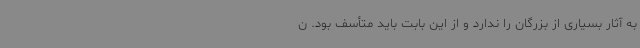
به آثار بسیاری از بزرگان را ندارد و از این بابت باید متأسف بود. ن